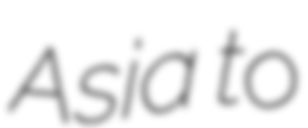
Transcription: Asia to